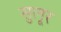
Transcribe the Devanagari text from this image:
सुलूर